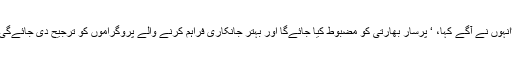
‘انہوں نے آگے کہا، ‘ پرسار بھارتی کو مضبوط کیا جائے‌گا اور بہتر جانکاری فراہم کرنے والے پروگراموں کو ترجیح دی جائے‌گی۔